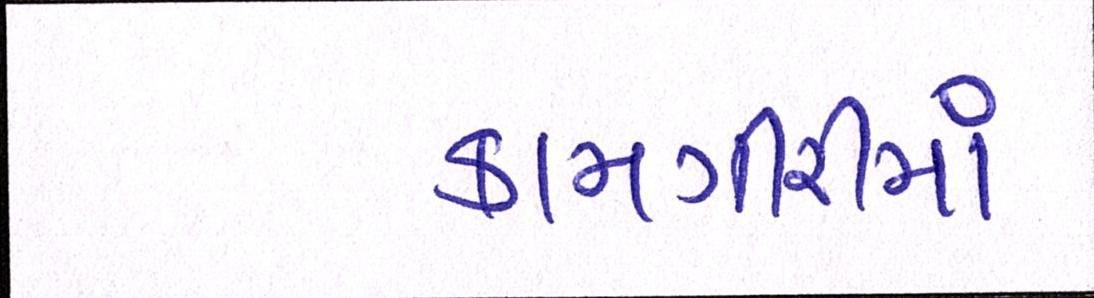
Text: કામગીરીમાં